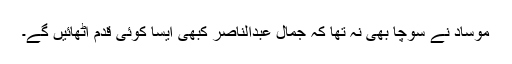
موساد نے سوچا بھی نہ تھا کہ جمال عبدالناصر کبھی ایسا کوئی قدم اٹھائیں گے۔